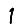
Digit: 1